Lunatic asylums Central Provinces reports 1895-1909 - 1895-1909
Year: 1895
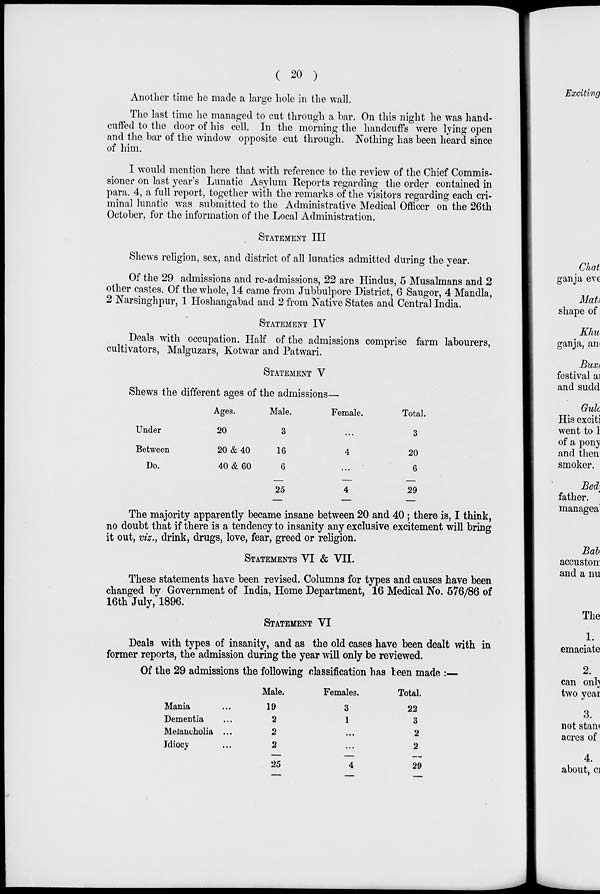
( 20 )
Another time he made a large hole in the wall.
The last time he managed to cut through a bar. On this night he was hand-
cuffed to the door of his cell. In the morning the handcuffs were lying open
and the bar of the window opposite cut through. Nothing has been heard since
of him.
I would mention here that with reference to the review of the Chief Commis-
sioner on last year's Lunatic Asylum Reports regarding the order contained in
para. 4, a full report, together with the remarks of the visitors regarding each cri-
minal lunatic was submitted to the Administrative Medical Officer on the 26th
October, for the information of the Local Administration.
STATEMENT III
Shews religion, sex, and district of all lunatics admitted during the year.
Of the 29 admissions and re-admissions, 22 are Hindus, 5 Musalmans and 2
other castes. Of the whole, 14 came from Jubbulpore District, 6 Saugor, 4 Mandla,
2 Narsinghpur, 1 Hoshangabad and 2 from Native States and Central India.
STATEMENT IV
Deals with occupation. Half of the admissions comprise farm labourers,
cultivators, Malguzars, Kotwar and Patwari.
STATEMENT V
Shews the different ages of the admissions—
Under
Between
Do.
Ages.
20
20&40
40 & 60
Male.
3
16
6
25
Female.
...
4
...
4
Total.
3
20
6
29
The majority apparently became insane between 20 and 40 ; there is, I think,
no doubt that if there is a tendency to insanity any exclusive excitement will bring
it out, viz., drink, drugs, love, fear, greed or religion.
STATEMENT VI & VII.
These statements have been revised. Columns for types and causes have been
changed by Government of India, Home Department, 16 Medical No. 576/86 of
16th July, 1896.
STATEMENT VI
Deals with types of insanity, and as the old cases have been dealt with in
former reports, the admission during the year will only be reviewed.
Of the 29 admissions the following classification has been made :—
Mania...
Dementia...
Melancholia ...
Idiocy...
Male.
19
2
2
2
25
Females.
3
1
...
...
4
Total.
22
3
2
2
29